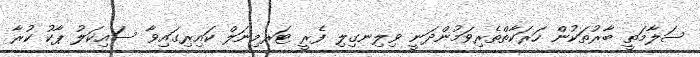
ސަލާމަތީ ބާރުތަކުން ހަރަކާތްތެރިވަމުންދަނީ ވިލިނގިލި ފެރީ ޓަރމިނަލް ކައިރިގައިވާ ސައިކަލު ޕާކު ކުރާ